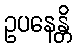
ဥပနေန္တိ